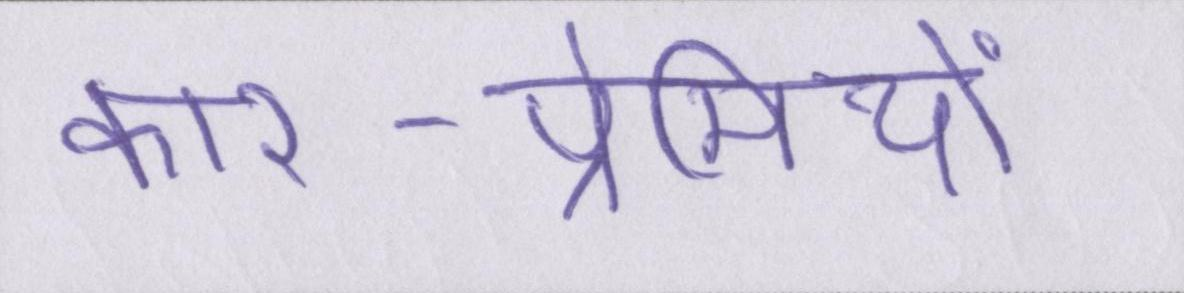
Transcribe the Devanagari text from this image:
कार-प्रेमियों